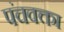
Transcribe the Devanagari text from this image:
पंचवक्ता